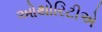
ઓથોરિટીએ